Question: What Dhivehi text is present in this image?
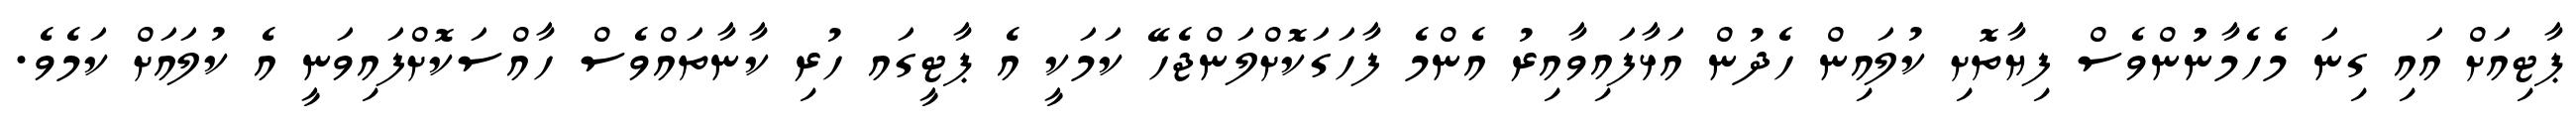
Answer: ޕާޓިއަށް އައި ގިނަ މެހެމާނުުންވެސް ފިޔާތޮށި ކުލައިން ހެދުން އަޅާފައިވާއިރު އެންމެ ފާހަގަކޮށްލަންޖެހޭ ކަމަކީ އެ ޕާޓީގައ ހުރި ކާނާތައްވެސް ހާއްސަކޮށްފައިވަނީ އެ ކުލައަށް ކަމެވެ.